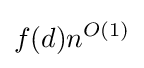
f(d)n^{O(1)}